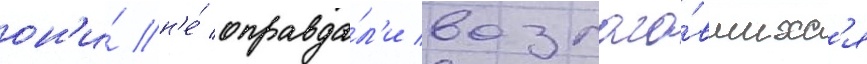
он'и́ н'е́ оправда́л'и возлага́вшихс'я